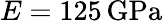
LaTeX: E=125\, \mathrm{{GPa}}